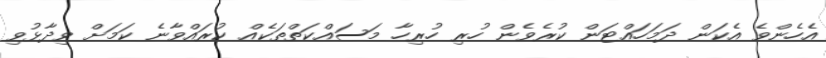
އެހެންވެ އެކަން ދަމަހައްޓަން ކުރެވެން ހުރި ހުރިހާ މަސައްކަތްތަކެއް ކުރައްވާނެ ކަމަށް ވިދާޅުވި